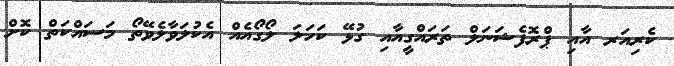
ކެރިއަރ އާއި ޕްރޮފެޝަނަލް ތަރައްގީއާއި ގުޅޭ ކަހަލަ ލޯގޯއެއް އެކުލަވާލެވޭތޯ މަސައްކަތް ކޮށް